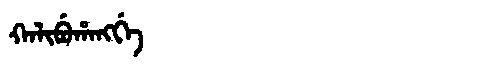
Manchu: ᡴᠠᠯᡳᠪᡠᡥᠠᠩᡤᡝ
Romanization: KALIBUHANGGE